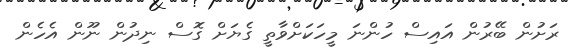
ރަށުން ބޭރުން އައިސް ހުންނަ މީހަކަށްވާތީ ގެޔަށް ގޮސް ނިދުން ނޫން އެހެން